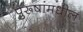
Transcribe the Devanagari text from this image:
पुरूषांमधील